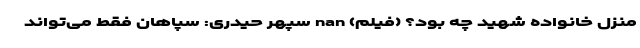
منزل خانواده شهید چه بود؟ (فیلم) nan سپهر حیدری: سپاهان فقط می‌تواند